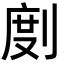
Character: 剫